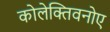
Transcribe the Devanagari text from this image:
कोलेक्तिवनोए